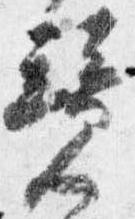
競